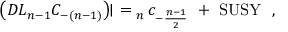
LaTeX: \left( D { \cal L } _ { n - 1 } C _ { - ( n - 1 ) } \right) \! \! \mid \ = \L _ { n } \, c _ { - \frac { n - 1 } { 2 } } \ + \ \mathrm { S U S Y } \ \ ,